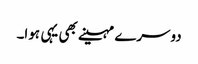
دوسرے مہینے بھی یہی ہوا۔